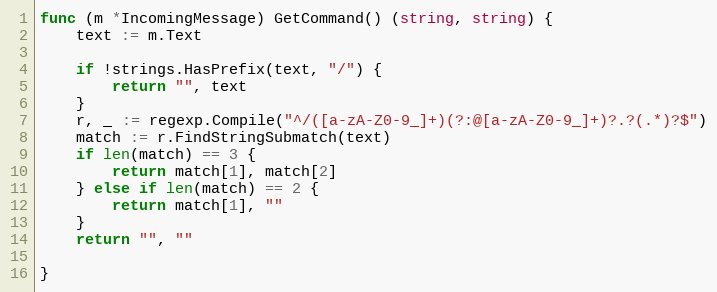
Language: Go
func (m *IncomingMessage) GetCommand() (string, string) {
	text := m.Text

	if !strings.HasPrefix(text, "/") {
		return "", text
	}
	r, _ := regexp.Compile("^/([a-zA-Z0-9_]+)(?:@[a-zA-Z0-9_]+)?.?(.*)?$")
	match := r.FindStringSubmatch(text)
	if len(match) == 3 {
		return match[1], match[2]
	} else if len(match) == 2 {
		return match[1], ""
	}
	return "", ""

}